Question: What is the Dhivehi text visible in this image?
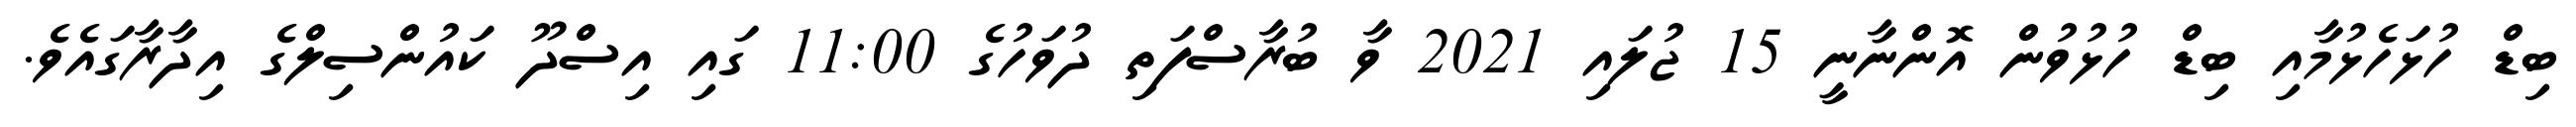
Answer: ބިޑް ހުޅަހެޅުމާއި ބިޑް ހުޅުވުން އޮންނާނީ 15 ޖުލައި 2021 ވާ ބުރާސްފަތި ދުވަހުގެ 11:00 ގައި އިސްދޫ ކައުންސިލްގެ އިދާރާގައެވެ.